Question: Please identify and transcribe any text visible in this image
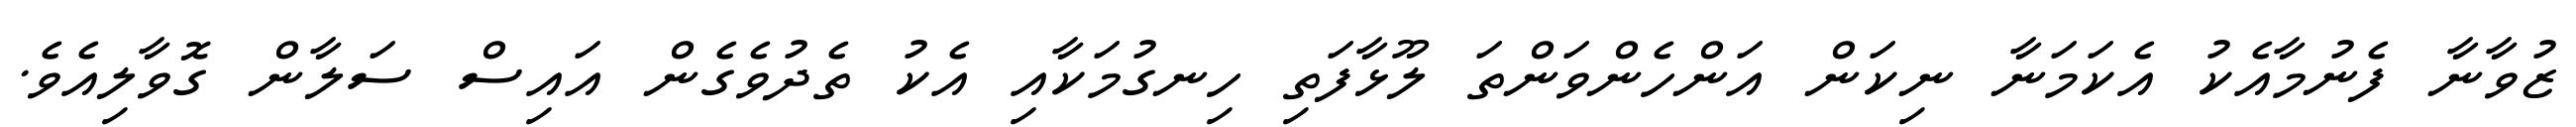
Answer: ޒުވާނާ ފެނުމާއެކު އެކަމަނާ ނިކަން އަންހެންވަންތަ ލޫޅާފަތި ހިނގުމަކާއި އެކު ތެދުވެގެން އައިސް ސަލާން ގޮވާލިއެވެ.